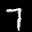
Label: 7